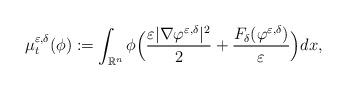
LaTeX: \begin{align*}\mu _t ^{\varepsilon,\delta}(\phi) := \int _{\mathbb{R}^n} \phi \Big( \frac{\varepsilon |\nabla \varphi ^{\varepsilon,\delta}|^2}{2} + \frac{F_\delta (\varphi ^{\varepsilon,\delta} )}{\varepsilon} \Big) dx,\end{align*}